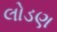
લોડણ